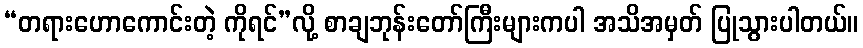
“တရားဟောကောင်းတဲ့ ကိုရင်”လို့ စာချဘုန်းတော်ကြီးများကပါ အသိအမှတ် ပြုသွားပါတယ်။